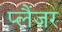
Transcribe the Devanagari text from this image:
प्लैंजर